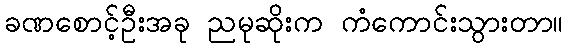
ခဏစောင့်ဦးအခု ညမုဆိုးက ကံကောင်းသွားတာ။